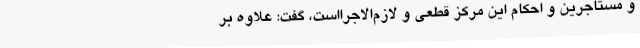
و مستاجرین و احکام این مرکز قطعی و لازم‌الاجرااست، گفت: علاوه بر